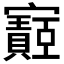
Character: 𫴡